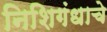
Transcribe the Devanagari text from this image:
निशिगंधाचे